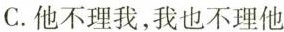
C.他不理我，我也不理他